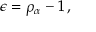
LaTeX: \epsilon = \rho _ { \alpha } - 1 \, ,